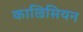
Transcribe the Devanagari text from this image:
काल्रिसियन